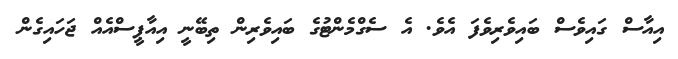
އިއާސް ގައިވެސް ބައިވެރިވެފަ އެވެ. އެ ސެގްމެންޓުގެ ބައިވެރިން ތިބޭނީ އިއާޕީސްއެއް ޖަހައިގެން